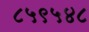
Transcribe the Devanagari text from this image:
८५९५४८